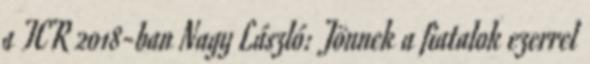
a TCR 2018-ban Nagy László: Jönnek a fiatalok ezerrel